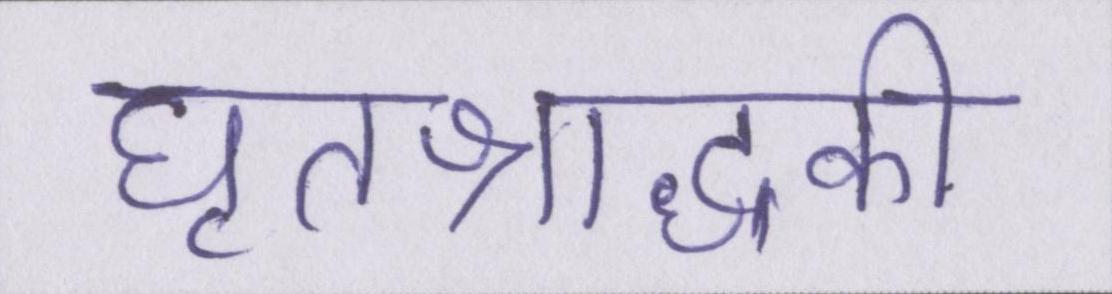
घृतश्राद्धकी